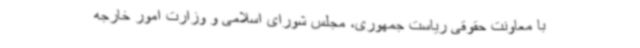
با معاونت حقوقی ریاست جمهوری، مجلس شورای اسلامی و وزارت امور خارجه